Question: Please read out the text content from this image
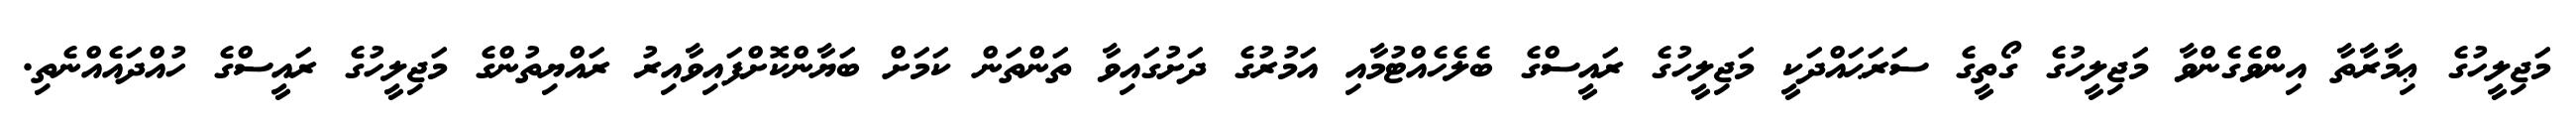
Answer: މަޖިލީހުގެ ޢިމާރާތާ އިންވެގެންވާ މަޖިލީހުގެ ގޯތީގެ ސަރަޙައްދަކީ މަޖިލީހުގެ ރައީސްގެ ބެލެހެއްޓުމާއި އަމުރުގެ ދަށުގައިވާ ތަންތަން ކަމަށް ބަޔާންކޮށްފައިވާއިރު ރައްޔިތުންގެ މަޖިލީހުގެ ރައީސްގެ ހުއްދައެއްނެތި.